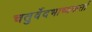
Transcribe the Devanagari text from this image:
चतुर्वेदभाष्यकर्ता